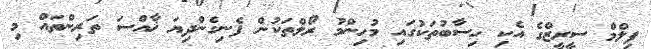
ފިލްމް ސީރީޒްގެ އެކި ހިސާބުތަކުގައި މުހިންމު ރޯލްތަކުން ފެނިގެންދިޔަ ޚާއްސަ ތަރިންތައް މި